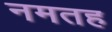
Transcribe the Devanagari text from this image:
नमतह